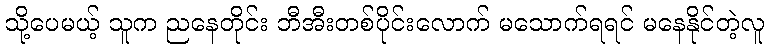
သို့ပေမယ့် သူက ညနေတိုင်း ဘီအီးတစ်ပိုင်းလောက် မသောက်ရရင် မနေနိုင်တဲ့လူ